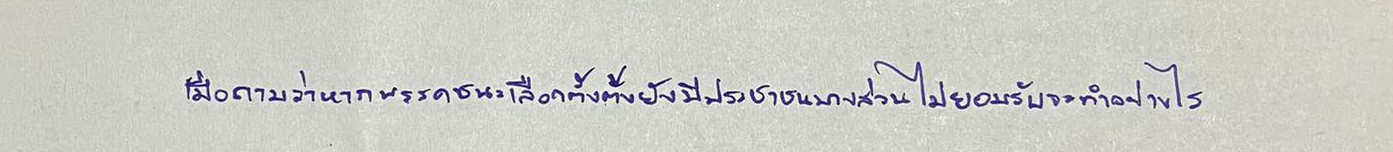
เมื่อถามว่าหากพรรคชนะเลือกตั้งตั้งยังมีประชาชนบางส่วนไม่ยอมรับจะทำอย่างไร